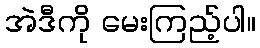
အဲဒီကို မေးကြည့်ပါ။